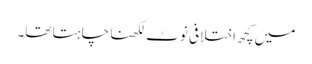
میں کچھ اختلافی نوٹ لکھنا چاہتا تھا۔